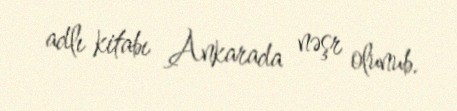
adlı kitabı Ankarada nəşr olunub.